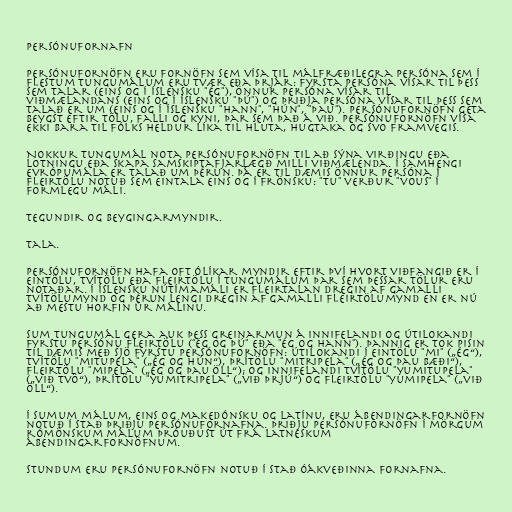
Persónufornafn

Persónufornöfn eru fornöfn sem vísa til málfræðilegra persóna sem í
flestum tungumálum eru tvær eða þrjár: fyrsta persóna vísar til þess
sem talar (eins og í íslensku "ég"), önnur persóna vísar til
viðmælandans (eins og í íslensku "þú") og þriðja persóna vísar til þess sem
talað er um (eins og í íslensku "hann", "hún", "þau"). Persónufornöfn geta
beygst eftir tölu, falli og kyni, þar sem það á við. Persónufornöfn vísa
ekki bara til fólks heldur líka til hluta, hugtaka og svo framvegis.

Nokkur tungumál nota persónufornöfn til að sýna virðingu eða
lotningu eða skapa samskiptafjarlægð milli viðmælenda. Í samhengi
Evrópumála er talað um þérun. Þá er til dæmis önnur persóna í
fleirtölu notuð sem eintala eins og í frönsku: "tu" verður "vous" í
formlegu máli.

Tegundir og beygingarmyndir.

Tala.

Persónufornöfn hafa oft ólíkar myndir eftir því hvort viðfangið er í
eintölu, tvítölu eða fleirtölu í tungumálum þar sem þessar tölur eru
notaðar. Í íslensku nútímamáli er fleirtalan dregin af gamalli
tvítölumynd og þérun lengi dregin af gamalli fleirtölumynd en er nú
að mestu horfin úr málinu.

Sum tungumál gera auk þess greinarmun á innifelandi og útilokandi
fyrstu persónu fleirtölu ("ég og þú" eða "ég og hann"). Þannig er tok pisin
til dæmis með sjö fyrstu persónufornöfn: útilokandi í eintölu "mi" („ég“),
tvítölu "mitupela" („ég og hún“), þrítölu "mitripela" („ég og þau bæði“),
fleirtölu "mipela" („ég og þau öll“); og innifelandi tvítölu "yumitupela"
(„við tvö“), þrítölu "yumitripela" („við þrjú“) og fleirtölu "yumipela" („við
öll“).

Í sumum málum, eins og makedónsku og latínu, eru ábendingarfornöfn
notuð í stað þriðju persónufornafna. Þriðju persónufornöfn í mörgum
rómönskum málum þróuðust út frá latneskum
ábendingarfornöfnum.

Stundum eru persónufornöfn notuð í stað óákveðinna fornafna.